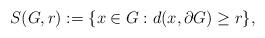
LaTeX: \begin{align*}S(G,r):=\{x\in G:d(x,\partial G)\geq r\},\end{align*}